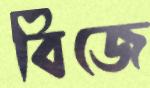
বিজে